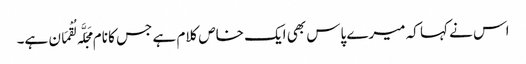
اس نے کہا کہ میرے پاس بھی ایک خاص کلام ہے جس کا نام مَجَلَّہ لُقْمَان ہے۔